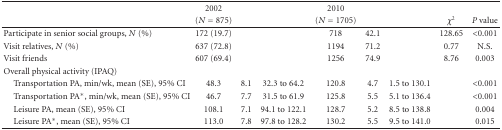
<table><thead><tr><td></td><td><b>2002</b></td><td></td><td></td><td><b>2010</b></td><td></td><td></td><td></td><td></td></tr><tr><td></td><td><b>(<i>N</i> = 875)</b></td><td></td><td></td><td><b>(<i>N</i> = 1705)</b></td><td></td><td></td><td><b><i>χ</i><sup>2</sup></b></td><td><b><i>P</i> value</b></td></tr></thead><tbody><tr><td>Participate in senior social groups, <i>N</i> (%)</td><td>172 (19.7)</td><td></td><td></td><td>718</td><td>42.1</td><td></td><td>128.65</td><td>&lt;0.001</td></tr><tr><td>Visit relatives, <i>N</i> (%)</td><td>637 (72.8)</td><td></td><td></td><td>1194</td><td>71.2</td><td></td><td>0.77</td><td>N.S.</td></tr><tr><td>Visit friends</td><td>607 (69.4)</td><td></td><td></td><td>1256</td><td>74.9</td><td></td><td>8.76</td><td>0.003</td></tr><tr><td>Overall physical activity (IPAQ)</td><td></td><td></td><td></td><td></td><td></td><td></td><td></td><td></td></tr><tr><td> Transportation PA, min/wk, mean (SE), 95% CI</td><td>48.3</td><td>8.1</td><td>32.3 to 64.2</td><td>120.8</td><td>4.7</td><td>1.5 to 130.1</td><td></td><td>&lt;0.001</td></tr><tr><td> Transportation PA<sup>∗</sup>, min/wk, mean (SE), 95% CI</td><td>46.7</td><td>7.7</td><td>31.5 to 61.9</td><td>125.8</td><td>5.5</td><td>5.1 to 136.4</td><td></td><td>&lt;0.001</td></tr><tr><td> Leisure PA, mean (SE), 95% CI</td><td>108.1</td><td>7.1</td><td>94.1 to 122.1</td><td>128.7</td><td>5.2</td><td>8.5 to 138.8</td><td></td><td>0.004</td></tr><tr><td> Leisure PA<sup>∗</sup>, mean (SE), 95% CI</td><td>113.0</td><td>7.8</td><td>97.8 to 128.2</td><td>130.2</td><td>5.5</td><td>9.5 to 141.0</td><td></td><td>0.015</td></tr></tbody></table>